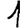
Digit: 1